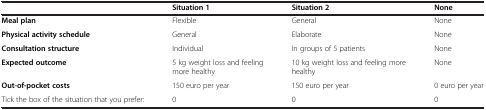
<table><thead><tr><td><b> </b></td><td><b>Situation 1</b></td><td><b>Situation 2</b></td><td><b>None</b></td></tr></thead><tbody><tr><td><b>Meal plan</b></td><td>Flexible</td><td>General</td><td>None</td></tr><tr><td><b>Physical activity schedule</b></td><td>General</td><td>Elaborate</td><td>None</td></tr><tr><td><b>Consultation structure</b></td><td>Individual</td><td>In groups of 5 patients</td><td>None</td></tr><tr><td><b>Expected outcome</b></td><td>5 kg weight loss and feeling more healthy</td><td>10 kg weight loss and feeling more healthy</td><td>None</td></tr><tr><td><b>Out-of-pocket costs</b></td><td>150 euro per year</td><td>150 euro per year</td><td>0 euro per year</td></tr><tr><td>Tick the box of the situation that you prefer:</td><td>0</td><td>0</td><td>0</td></tr></tbody></table>